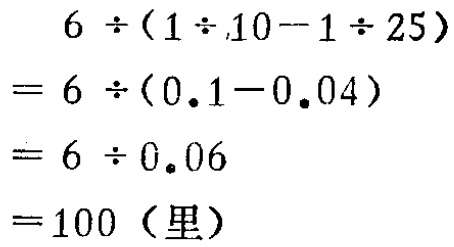
\[

\begin{align*}

&6\div(1\div10 - 1\div25)\\

=&6\div(0.1 - 0.04)\\

=&6\div0.06\\

=&100 (\text{里})

\end{align*}

\]